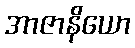
အာဇာနိယော